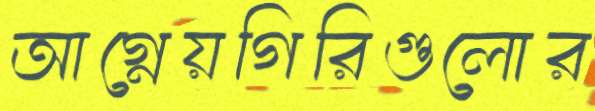
আগ্নেয়গিরিগুলোর